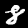
Digit: 8